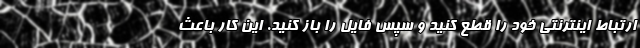
ارتباط اینترنتی خود را قطع کنید و سپس فایل را باز کنید. این کار باعث